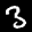
Label: 3